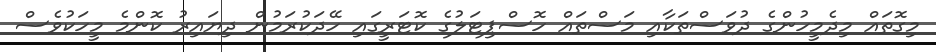
މިގޮތައް މިދެމީހުންގެ ދުވަސްތަކާއި މަސްތައް ހޮސްޕިޓަލުގެ ކޮޓަރީގައި ހޭދަކުރަމުން ދިޔައިރު ކޮންމެ މީހަކުވެސް